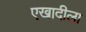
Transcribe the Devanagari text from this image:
एखादीला